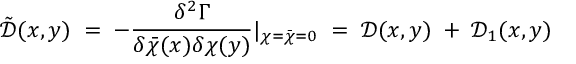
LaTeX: { \tilde { \mathcal D } } ( x , y ) \; = \; - \frac { \delta ^ { 2 } \Gamma } { \delta { \bar { \chi } } ( x ) \delta \chi ( y ) } | _ { \chi = { \bar { \chi } } = 0 } \; = \; { \mathcal D } ( x , y ) \; + \; { \mathcal D } _ { 1 } ( x , y )